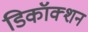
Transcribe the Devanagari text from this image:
डिकॉक्शन